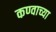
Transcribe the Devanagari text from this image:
कण्वाच्या